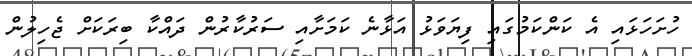
ހުށަހަޅައި އެ ކަންކަމުގައި ފިޔަވަޅު އަޅާނެ ކަމަށާއި ސަރުކާރުން ދައްކާ ބިރަކަށް ޖެހިލުން